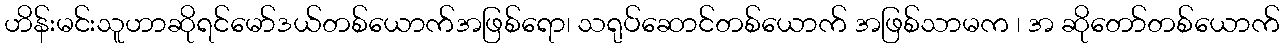
ဟိန်းမင်းသူဟာဆိုရင်မော်ဒယ်တစ်ယောက်အဖြစ်ရော၊ သရုပ်ဆောင်တစ်ယောက် အဖြစ်သာမက ၊ အ ဆိုတော်တစ်ယောက်